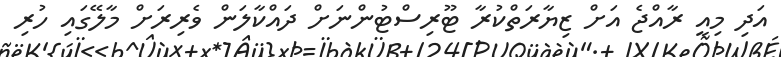
އަދި މިއީ ރާއްޖެ އަށް ޒިޔާރަތްކުރާ ޓޫރިސްޓުންނަށް ދައްކާލަން ވެރިރަށް މާލޭގައި ހުރި